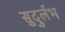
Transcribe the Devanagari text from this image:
सुदुर्लभ